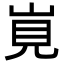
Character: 𡷹